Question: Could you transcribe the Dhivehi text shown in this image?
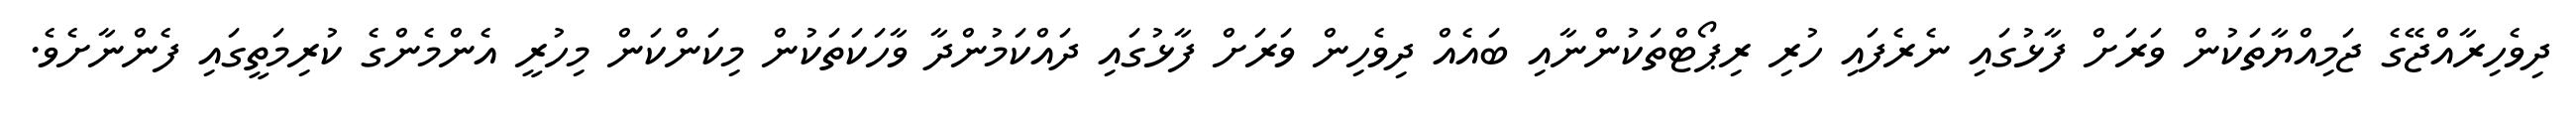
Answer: ދިވެހިރާއްޖޭގެ ޖަމިއްޔާތަކުން ވަރަށް ފާޅުގައި ނެރެފައި ހުރި ރިޕޯޓްތަކުންނާއި ބައެއް ދިވެހިން ވަރަށް ފާޅުގައި ދައްކަމުންދާ ވާހަކަތަކުން މިކަންކަން މިހުރީ އެންމެންގެ ކުރިމަތީގައި ފެންނާށެވެ.